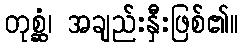
တုစ္ဆံ၊ အချည်းနှီးဖြစ်၏။